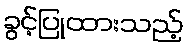
ခွင့်ပြုထားသည့်